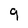
Character: 9